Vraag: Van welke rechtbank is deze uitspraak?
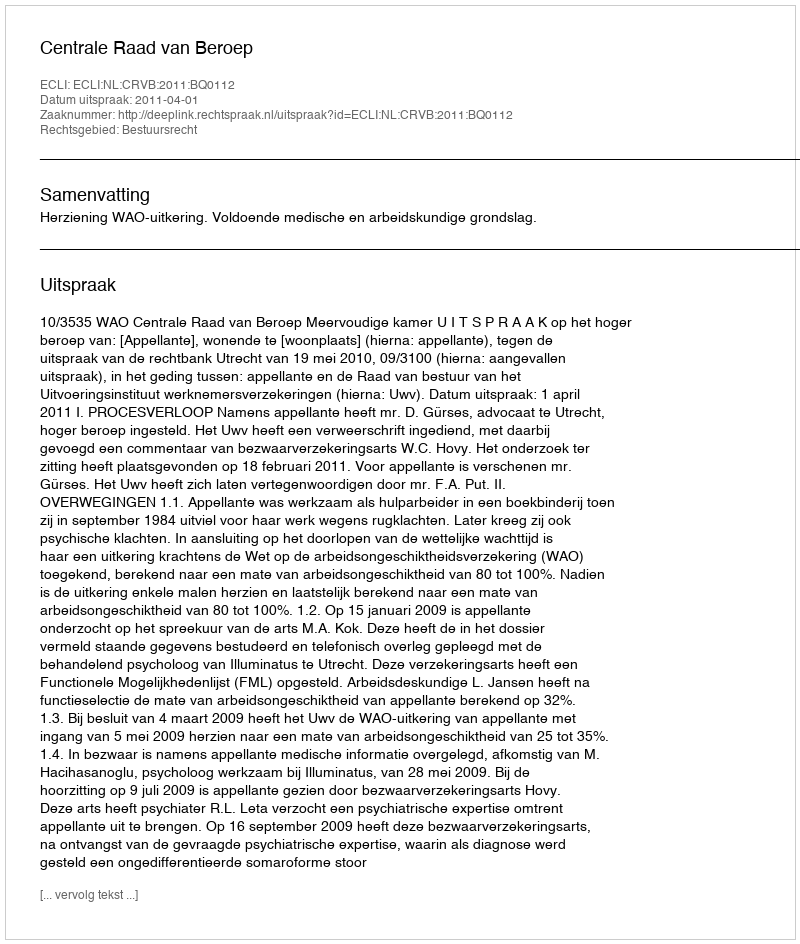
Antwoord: Centrale Raad van Beroep